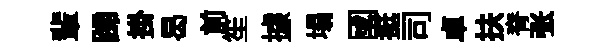
輩蹄掛曷前笙據塌國挺司卓扶脊张